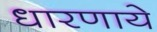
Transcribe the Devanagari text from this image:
धारणाये